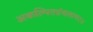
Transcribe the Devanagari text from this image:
अकल्पितग्रंथलाभ२४